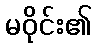
မဝိုင်း၏